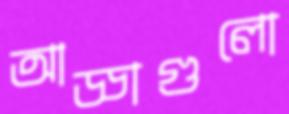
আড্ডাগুলো